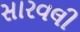
સારવલી